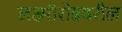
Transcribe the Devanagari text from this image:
लक्ष्मीरोडवरील